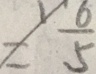
\neq \frac { 6 } { 5 }